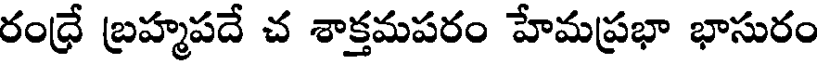
రంధ్రే బ్రహ్మపదే చ శాక్తమపరం హేమప్రభా భాసురం